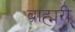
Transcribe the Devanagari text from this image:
ब्राह्मरी